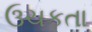
ઉચકતા